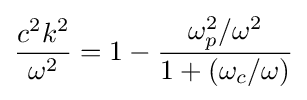
{\frac {c^{2}k^{2}}{\omega ^{2}}}=1-{\frac {\omega _{p}^{2}/\omega ^{2}}{1+(\omega _{c}/\omega )}}